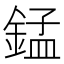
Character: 錳